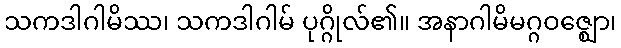
သကဒါဂါမိဿ၊ သကဒါဂါမ် ပုဂ္ဂိုလ်၏။ အနာဂါမိမဂ္ဂဝဇ္ဈော၊